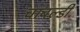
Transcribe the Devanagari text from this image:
चांबल्डी